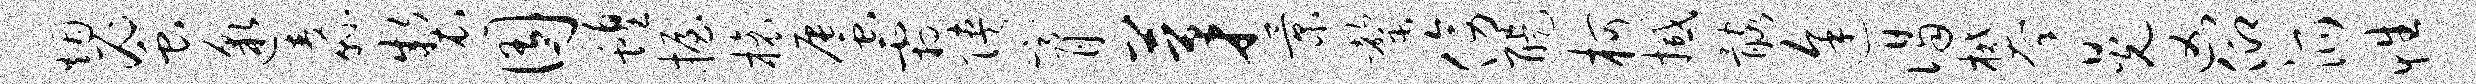
烟蜜邈纛制囿蝗握榱蜃霜陕膏茅景罄傍醍柯撼髂途谒攀晃凶仰派性